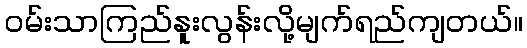
ဝမ်းသာကြည်နူးလွန်းလို့မျက်ရည်ကျတယ်။